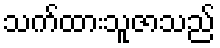
သက်ထားသူဇာသည်